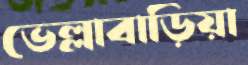
ভেল্লাবাড়িয়া